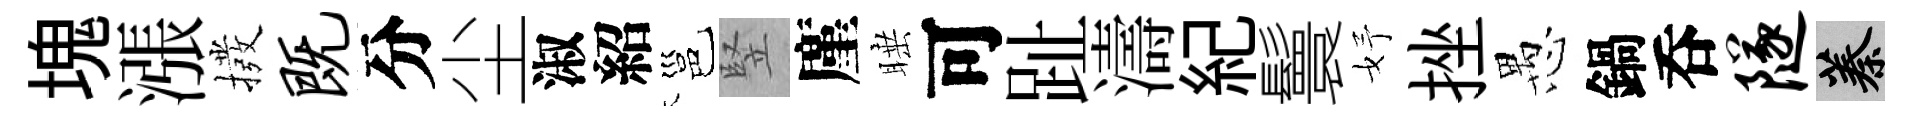
塊漲撥既分尘淑紹邕竪廑睡可趾濤紀鬟妤挫愚鍋呑隧蓁